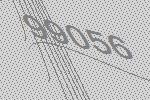
99056